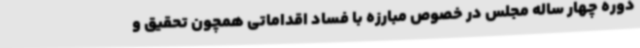
دوره چهار ساله مجلس در خصوص مبارزه با فساد اقداماتی همچون تحقیق و